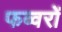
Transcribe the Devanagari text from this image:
फव्‍वरों